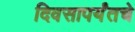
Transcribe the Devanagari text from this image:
दिवसापर्यंतचे